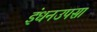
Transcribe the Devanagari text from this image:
इंधनउपसा